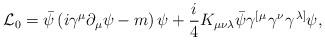
LaTeX: \begin{align*}{\cal L}_{0}=\bar{\psi}\left( i\gamma ^{\mu }\partial _{\mu }\psi -m\right)\psi +\frac{i}{4}K_{\mu \nu \lambda }\bar{\psi}\gamma ^{\left[ \mu \right.}\gamma ^{\nu }\gamma ^{\left. \lambda \right] }\psi , \end{align*}